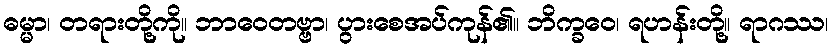
ဓမ္မာ၊ တရားတို့ကို။ ဘာဝေတဗ္ဗာ၊ ပွားစေအပ်ကုန်၏။ ဘိက္ခဝေ၊ ရဟန်းတို့။ ရာဂဿ၊